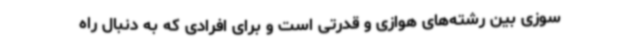
سوزی بین رشته‌های هوازی و قدرتی است و برای افرادی که به دنبال راه